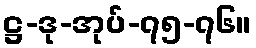
ဋ္ဌ-ဒု-အုပ်-၇၅-၇၆။